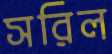
সরিল